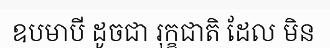
ឧបមាបី ដូចជា រុក្ខជាតិ ដែល មិន